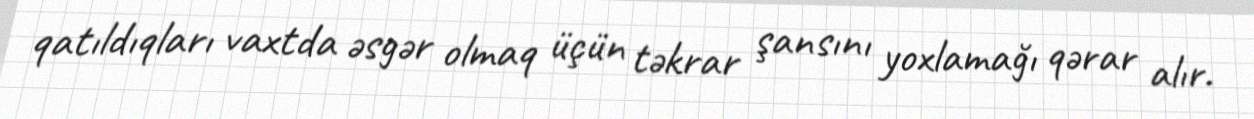
qatıldıqları vaxtda əsgər olmaq üçün təkrar şansını yoxlamağı qərar alır.